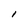
Character: l